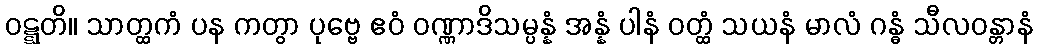
ဝဋ္ဋတိ။ သာတ္ထကံ ပန ကတွာ ပုဗ္ဗေ ဧဝံ ဝဏ္ဏာဒိသမ္ပန္နံ အန္နံ ပါနံ ဝတ္ထံ သယနံ မာလံ ဂန္ဓံ သီလဝန္တာနံ